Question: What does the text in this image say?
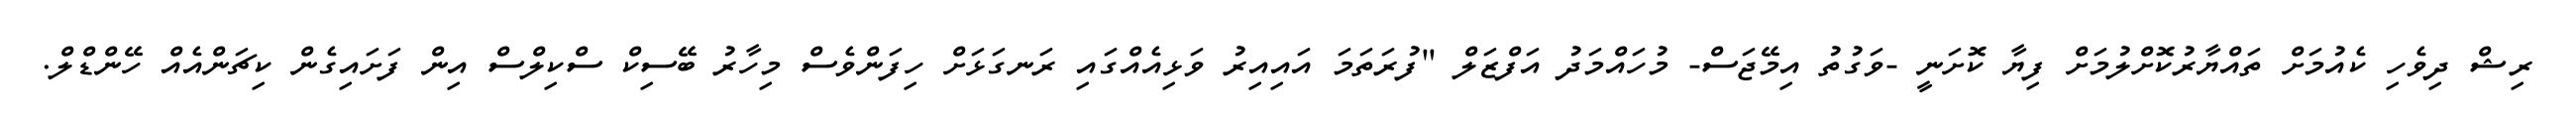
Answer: ރިޝް ދިވެހި ކެއުމަށް ތައްޔާރުކޮށްލުމަށް ފިޔާ ކޮށަނީ -ވަގުތު އިމޭޖަސް- މުހައްމަދު އަފްޒަލް "ފުރަތަމަ އައިއިރު ވަޅިއެއްގައި ރަނގަޅަށް ހިފަންވެސް މިހާރު ބޭސިކް ސްކިލްސް އިން ފަށައިގެން ކިޗަންއެއް ހޭންޑްލް.